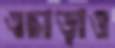
এছাড়াও